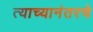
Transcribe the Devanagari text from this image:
त्याच्यानंतरचे